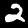
Digit: 2